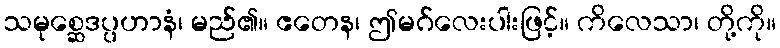
သမုစ္ဆေဒပ္ပဟာနံ၊ မည်၏။ ဧတေန၊ ဤမဂ်လေးပါးဖြင့်။ ကိလေသာ၊ တို့ကို။